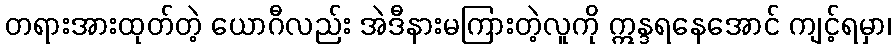
တရားအားထုတ်တဲ့ ယောဂီလည်း အဲဒီနားမကြားတဲ့လူကို ဣန္ဒရနေအောင် ကျင့်ရမှာ၊